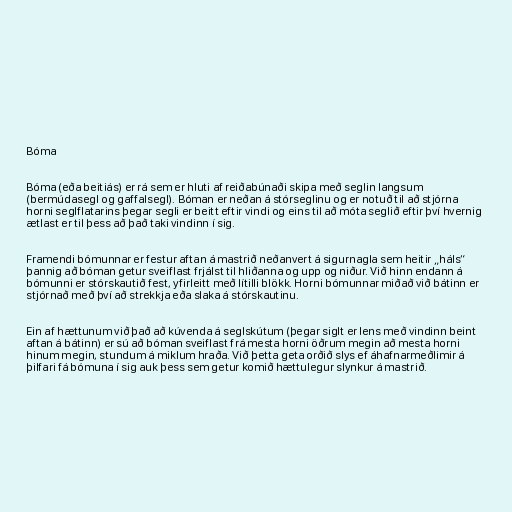
Bóma

Bóma (eða beitiás) er rá sem er hluti af reiðabúnaði skipa með seglin langsum
(bermúdasegl og gaffalsegl). Bóman er neðan á stórseglinu og er notuð til að stjórna
horni seglflatarins þegar segli er beitt eftir vindi og eins til að móta seglið eftir því hvernig
ætlast er til þess að það taki vindinn í sig.

Framendi bómunnar er festur aftan á mastrið neðanvert á sigurnagla sem heitir „háls“
þannig að bóman getur sveiflast frjálst til hliðanna og upp og niður. Við hinn endann á
bómunni er stórskautið fest, yfirleitt með lítilli blökk. Horni bómunnar miðað við bátinn er
stjórnað með því að strekkja eða slaka á stórskautinu.

Ein af hættunum við það að kúvenda á seglskútum (þegar siglt er lens með vindinn beint
aftan á bátinn) er sú að bóman sveiflast frá mesta horni öðrum megin að mesta horni
hinum megin, stundum á miklum hraða. Við þetta geta orðið slys ef áhafnarmeðlimir á
þilfari fá bómuna í sig auk þess sem getur komið hættulegur slynkur á mastrið.